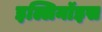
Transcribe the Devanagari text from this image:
इल्लिनॉइस